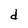
Character: d